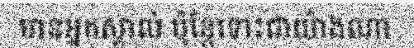
មានអ្នកស្គាល់ ប៉ុន្តែទោះជាយ៉ាងណា